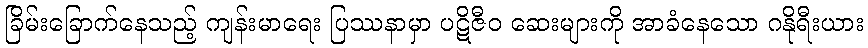
ခြိမ်းခြောက်နေသည့် ကျန်းမာရေး ပြဿနာမှာ ပဋိဇီဝ ဆေးများကို အာခံနေသော ဂနိုရီးယား